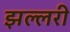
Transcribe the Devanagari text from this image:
झल्लरी